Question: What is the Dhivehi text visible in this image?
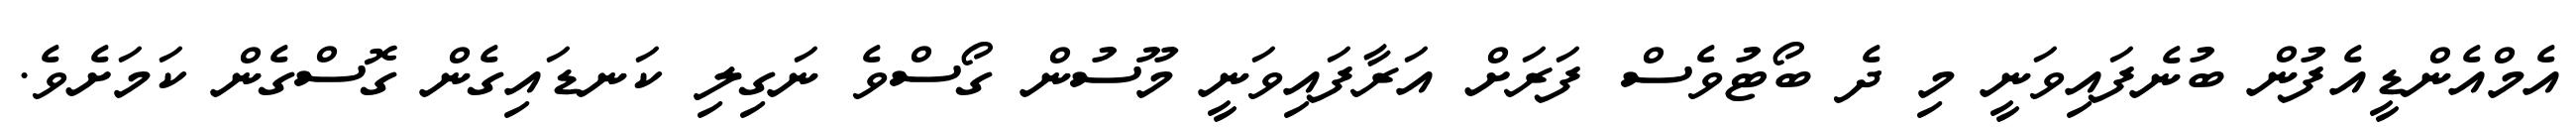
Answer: އެމްއެންޑީއެފުން ބުނެފައިވަނީ މި ދެ ބޯޓުވެސް ފަރަށް އަރާފައިވަނީ މޫސުން ގޯސްވެ ނަގިލި ކަނޑައިގެން ގޮސްގެން ކަމަށެވެ.